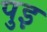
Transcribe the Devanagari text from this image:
पुइ